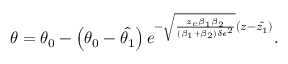
\theta = \theta _ { 0 } - \left( \theta _ { 0 } - \hat { \theta _ { 1 } } \right) e ^ { - \sqrt { \frac { z _ { c } \beta _ { 1 } \beta _ { 2 } } { \left( \beta _ { 1 } + \beta _ { 2 } \right) \delta \epsilon ^ { 2 } } } \left( z - \hat { z _ { 1 } } \right) } .